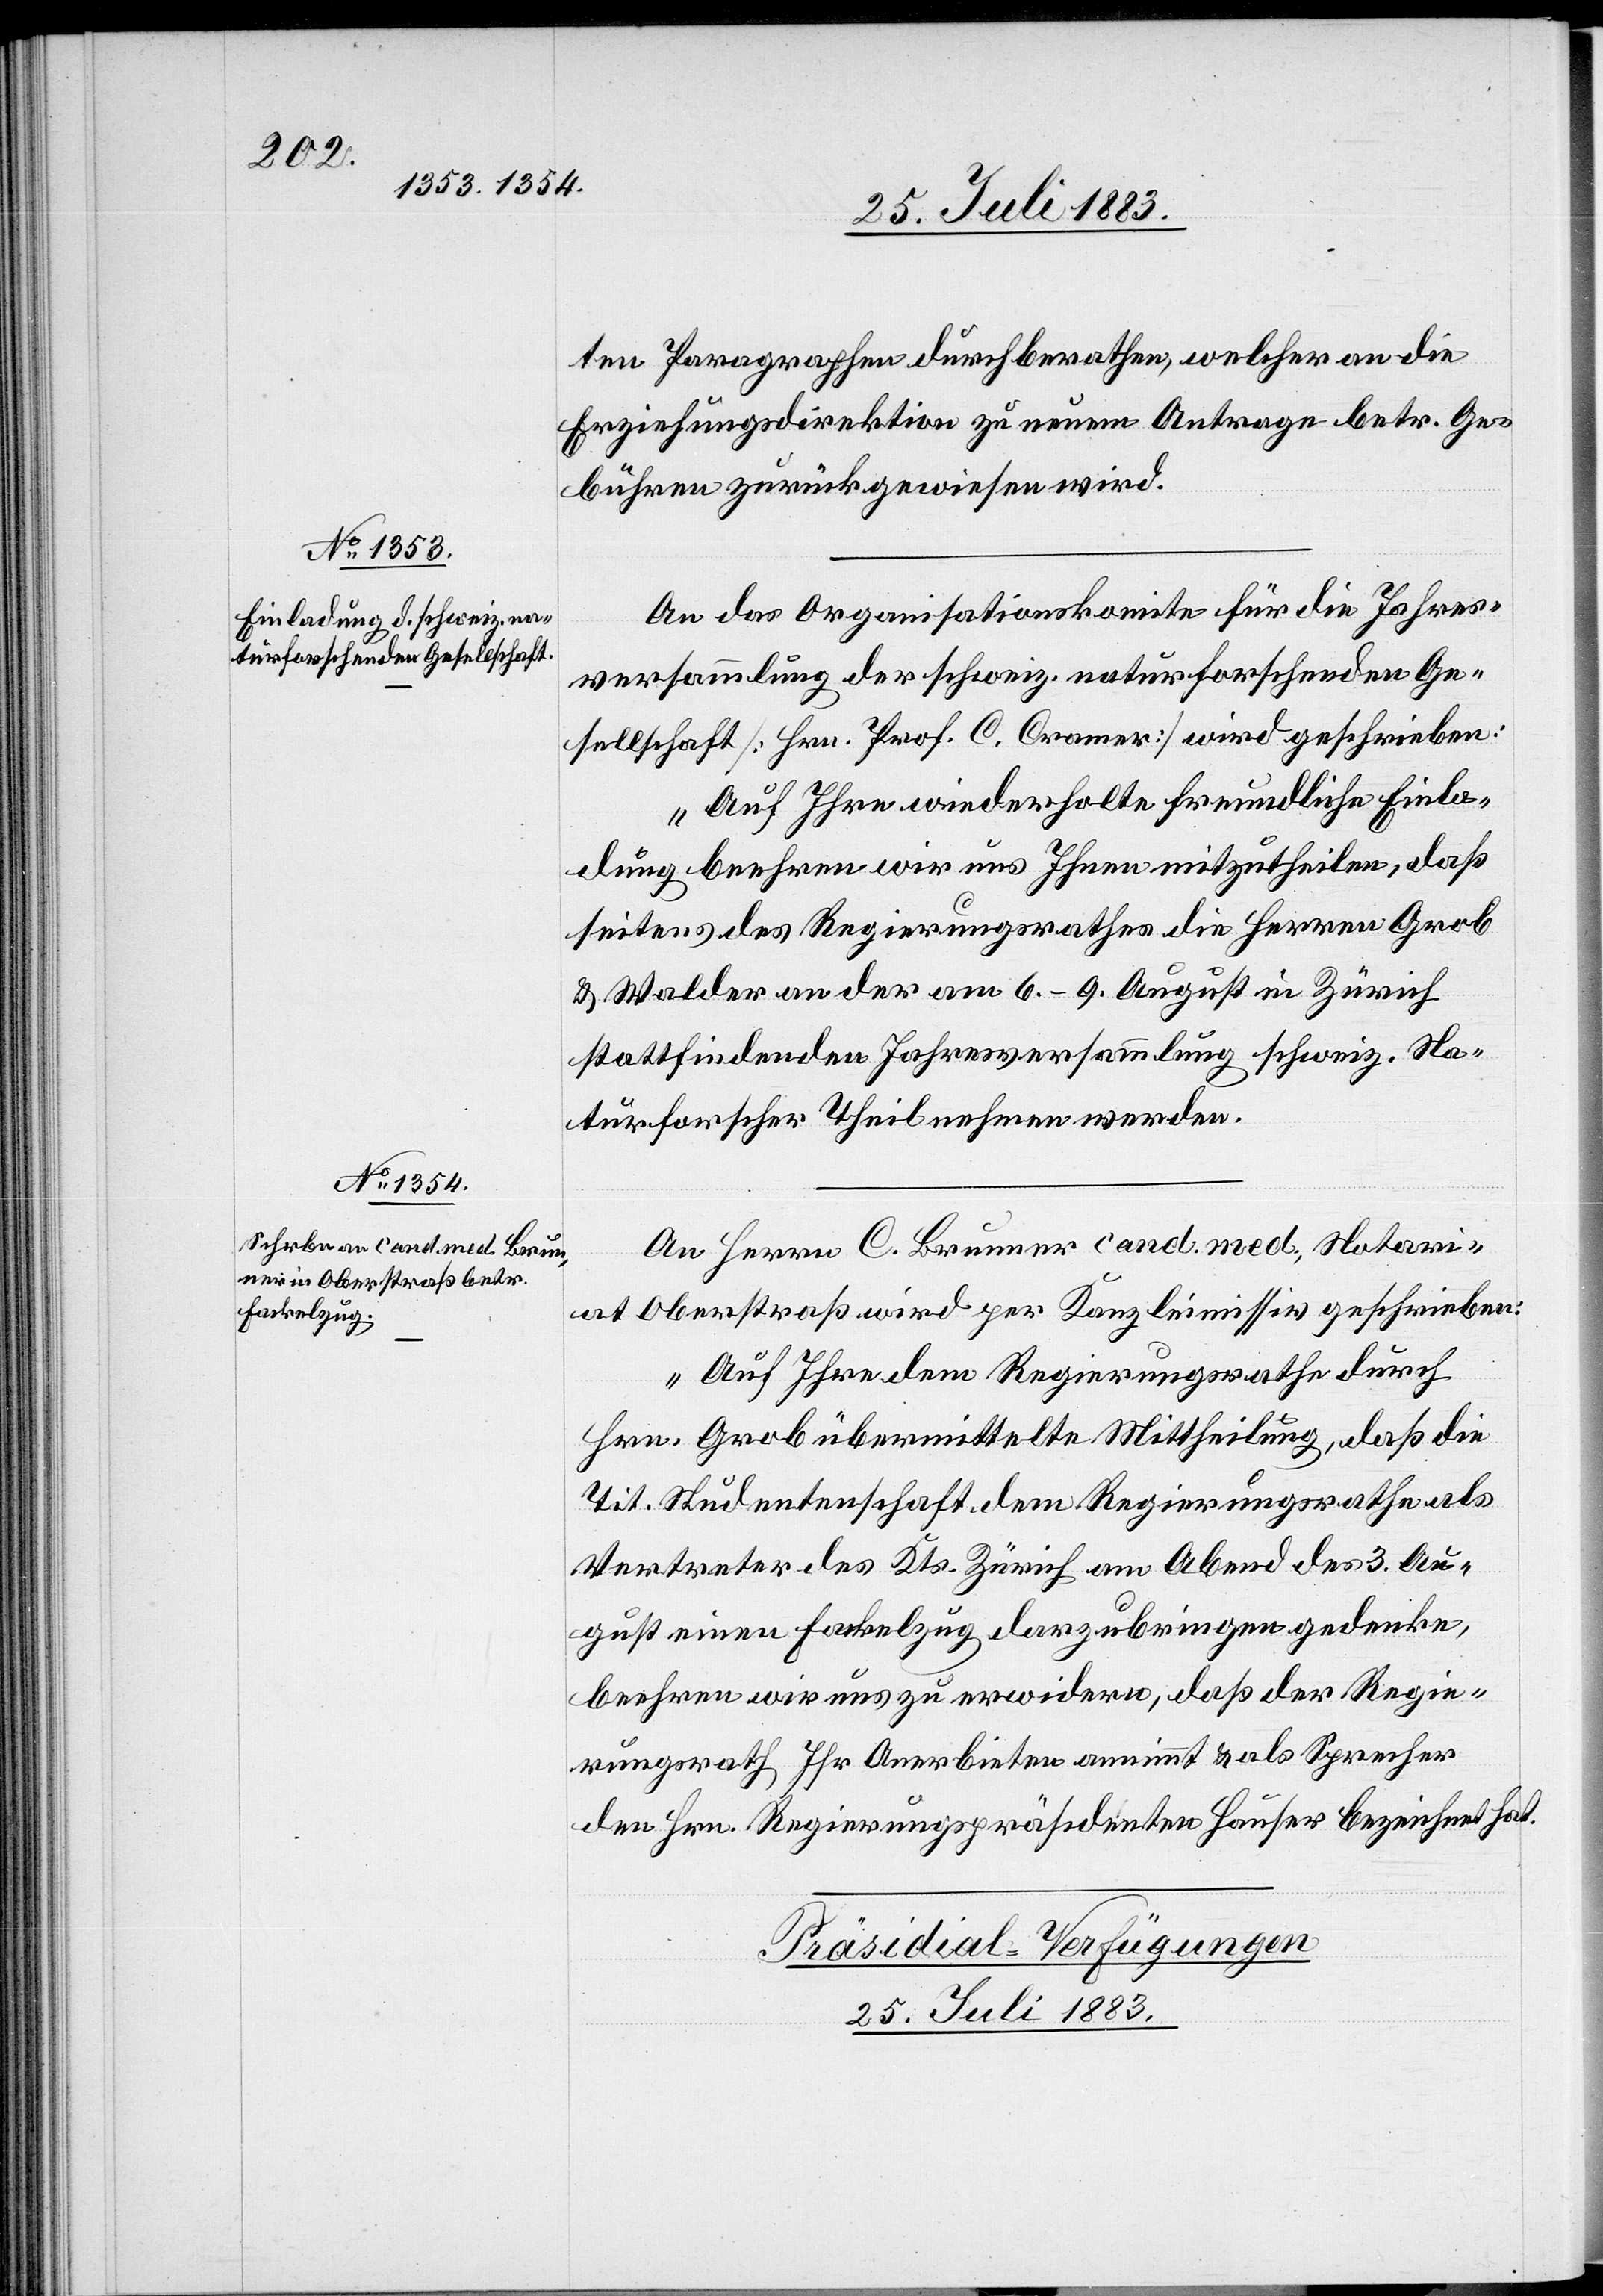
ten Paragraphen durchberathen, welcher an die
Erziehungsdirektion zu neuem Antrag betr. Ge¬
bühren zurückgewiesen wird.
An das Organisationskomite für die Jahres¬
versammlung der schweiz. naturforschenden Ge¬
sellschaft [Hrn. Prof. C. Coramer] wird geschrieben:
„Auf Ihre wiederholte freundliche Einla¬
dung beehren wir uns Ihnen mitzutheilen, daß
seitens des Regierungsrathes die Herren Grob
& Walder an der am 6.–9. August in Zürich
stattfindenden Jahresversammlung schweiz. Na¬
turforscher Theil nehmen werden.
An Herrn C. Brunner cand. med., Notari¬
at Oberstraß wird per Kanzleimissiv geschrieben:
„Auf Ihre dem Regierungsrathe durch
Hrn. Grob übermittelte Mittheilung, daß die
Tit. Studentenschaft dem Regierungsrathe als
Vertreter des Kts. Zürich am Abend des 3. Au¬
gust einen Fackelzug darzubringen gedenke,
beehren wir uns zu erwidern, daß der Regie¬
rungsrath Ihr Anerbieten annimmt & als Sprecher
den Hrn. Regierungspräsidenten Hauser bezeichnet hat.
Präsidial-Verfügungen
25. Juli 1883.